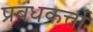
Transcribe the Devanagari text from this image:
प्रबंधकर्त्ता